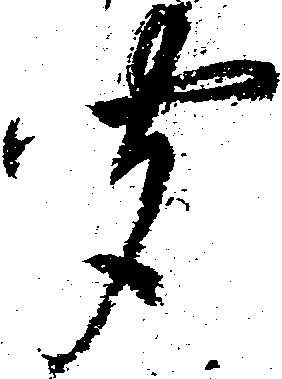
聞